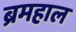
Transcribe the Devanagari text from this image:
ब्रमहाल